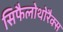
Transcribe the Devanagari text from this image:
सिफैलोथोरैक्स